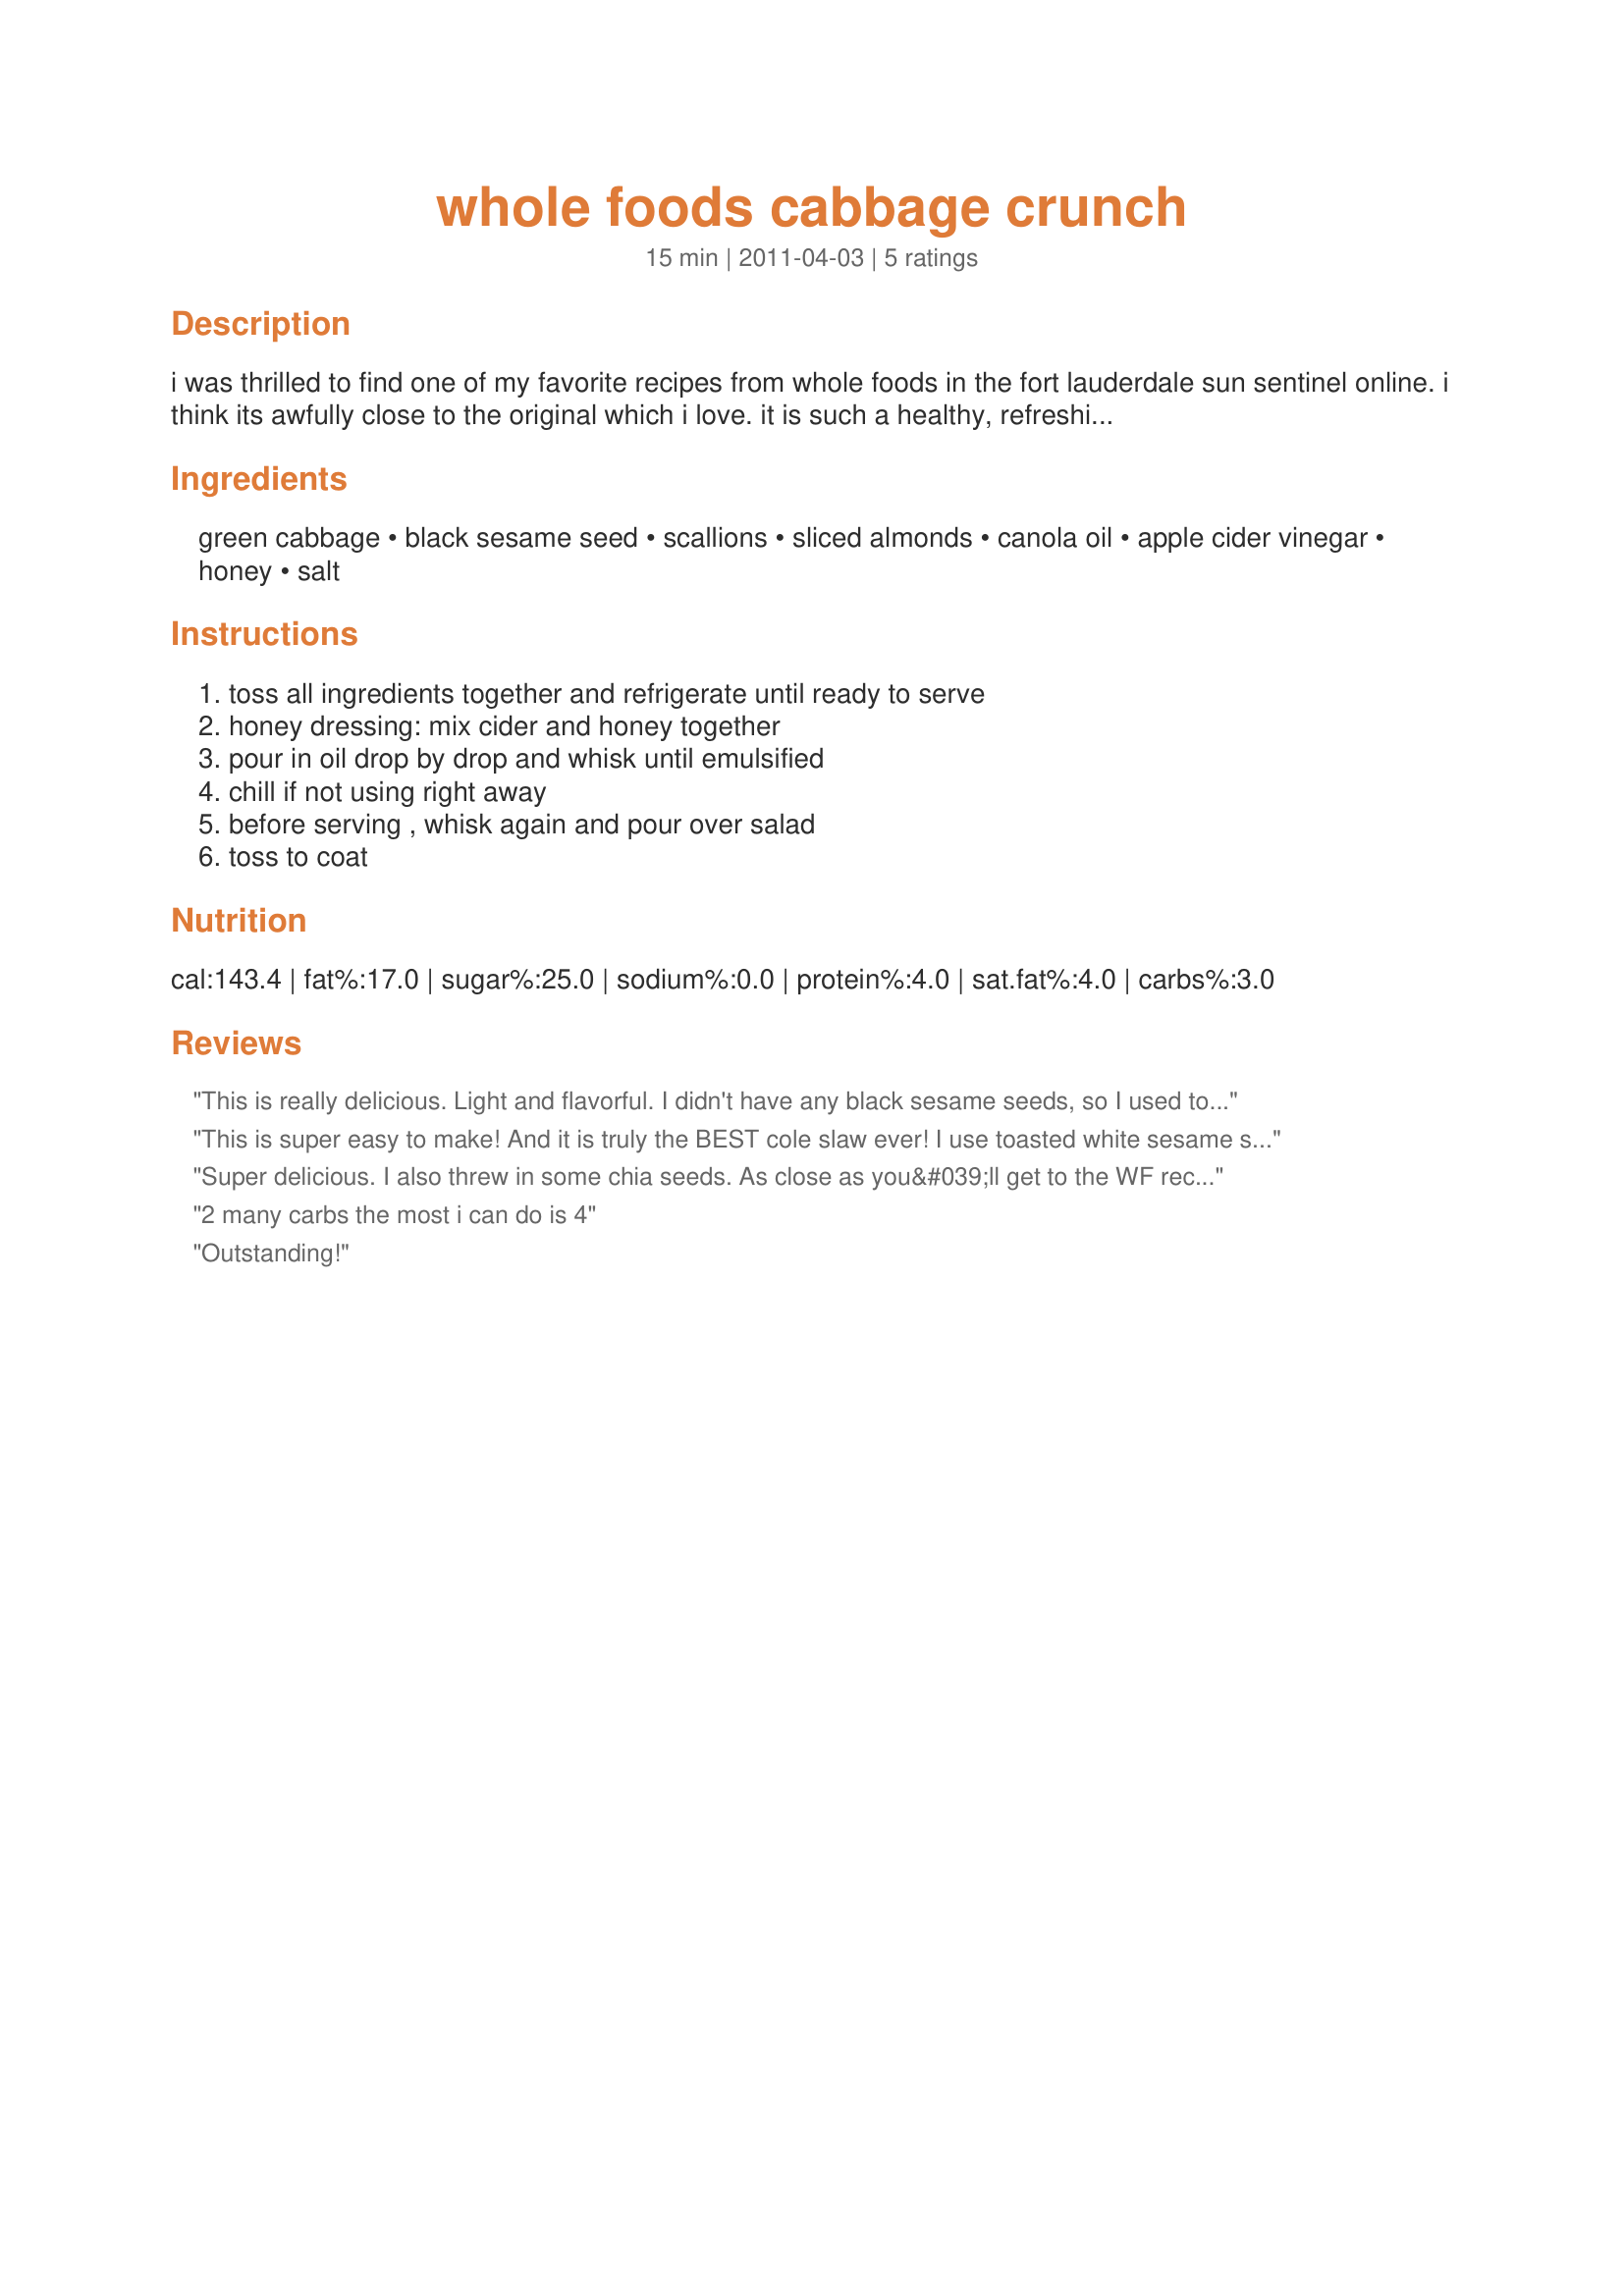
whole foods cabbage crunch
Preparation time: 15 minutes

i was thrilled to find one of my favorite recipes from whole foods in the fort lauderdale sun sentinel online. i think its awfully close to the original which i love. it is such a healthy, refreshing salad, and a light alternative to coleslaw. make sure to use fresh, crisp cabbage and don't toss with the dressing until right before serving. (got any suggestions to make it just like my whole foods favorite?)

Ingredients:
green cabbage, black sesame seed, scallions, sliced almonds, canola oil, apple cider vinegar, honey, salt

Steps:
toss all ingredients together and refrigerate until ready to serve, honey dressing: mix cider and honey together, pour in oil drop by drop and whisk until emulsified, chill if not using right away, before serving , whisk again and pour over salad, toss to coat

Reviews:
This is really delicious. Light and flavorful. I didn't have any black sesame seeds, so I used toasted sunflower seeds and also toasted the almonds. I've enjoyed snacking on this and know I'll be making it again. Thanks for posting the recipe.
This is super easy to make! And it is truly the BEST cole slaw ever! I use toasted white sesame seeds when I can't find the black ones and it is just as good.
Super delicious. I also threw in some chia seeds. As close as you&#039;ll get to the WF recipe for sure.
2 many carbs the most i can do is 4
Outstanding!
